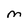
Character: M